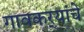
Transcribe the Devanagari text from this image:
गावकर्‍यांचे